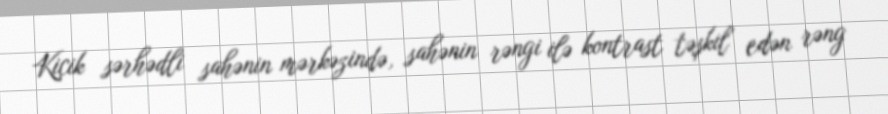
Kiçik sərhədli sahənin mərkəzində, sahənin rəngi ilə kontrast təşkil edən rəng